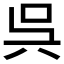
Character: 呉